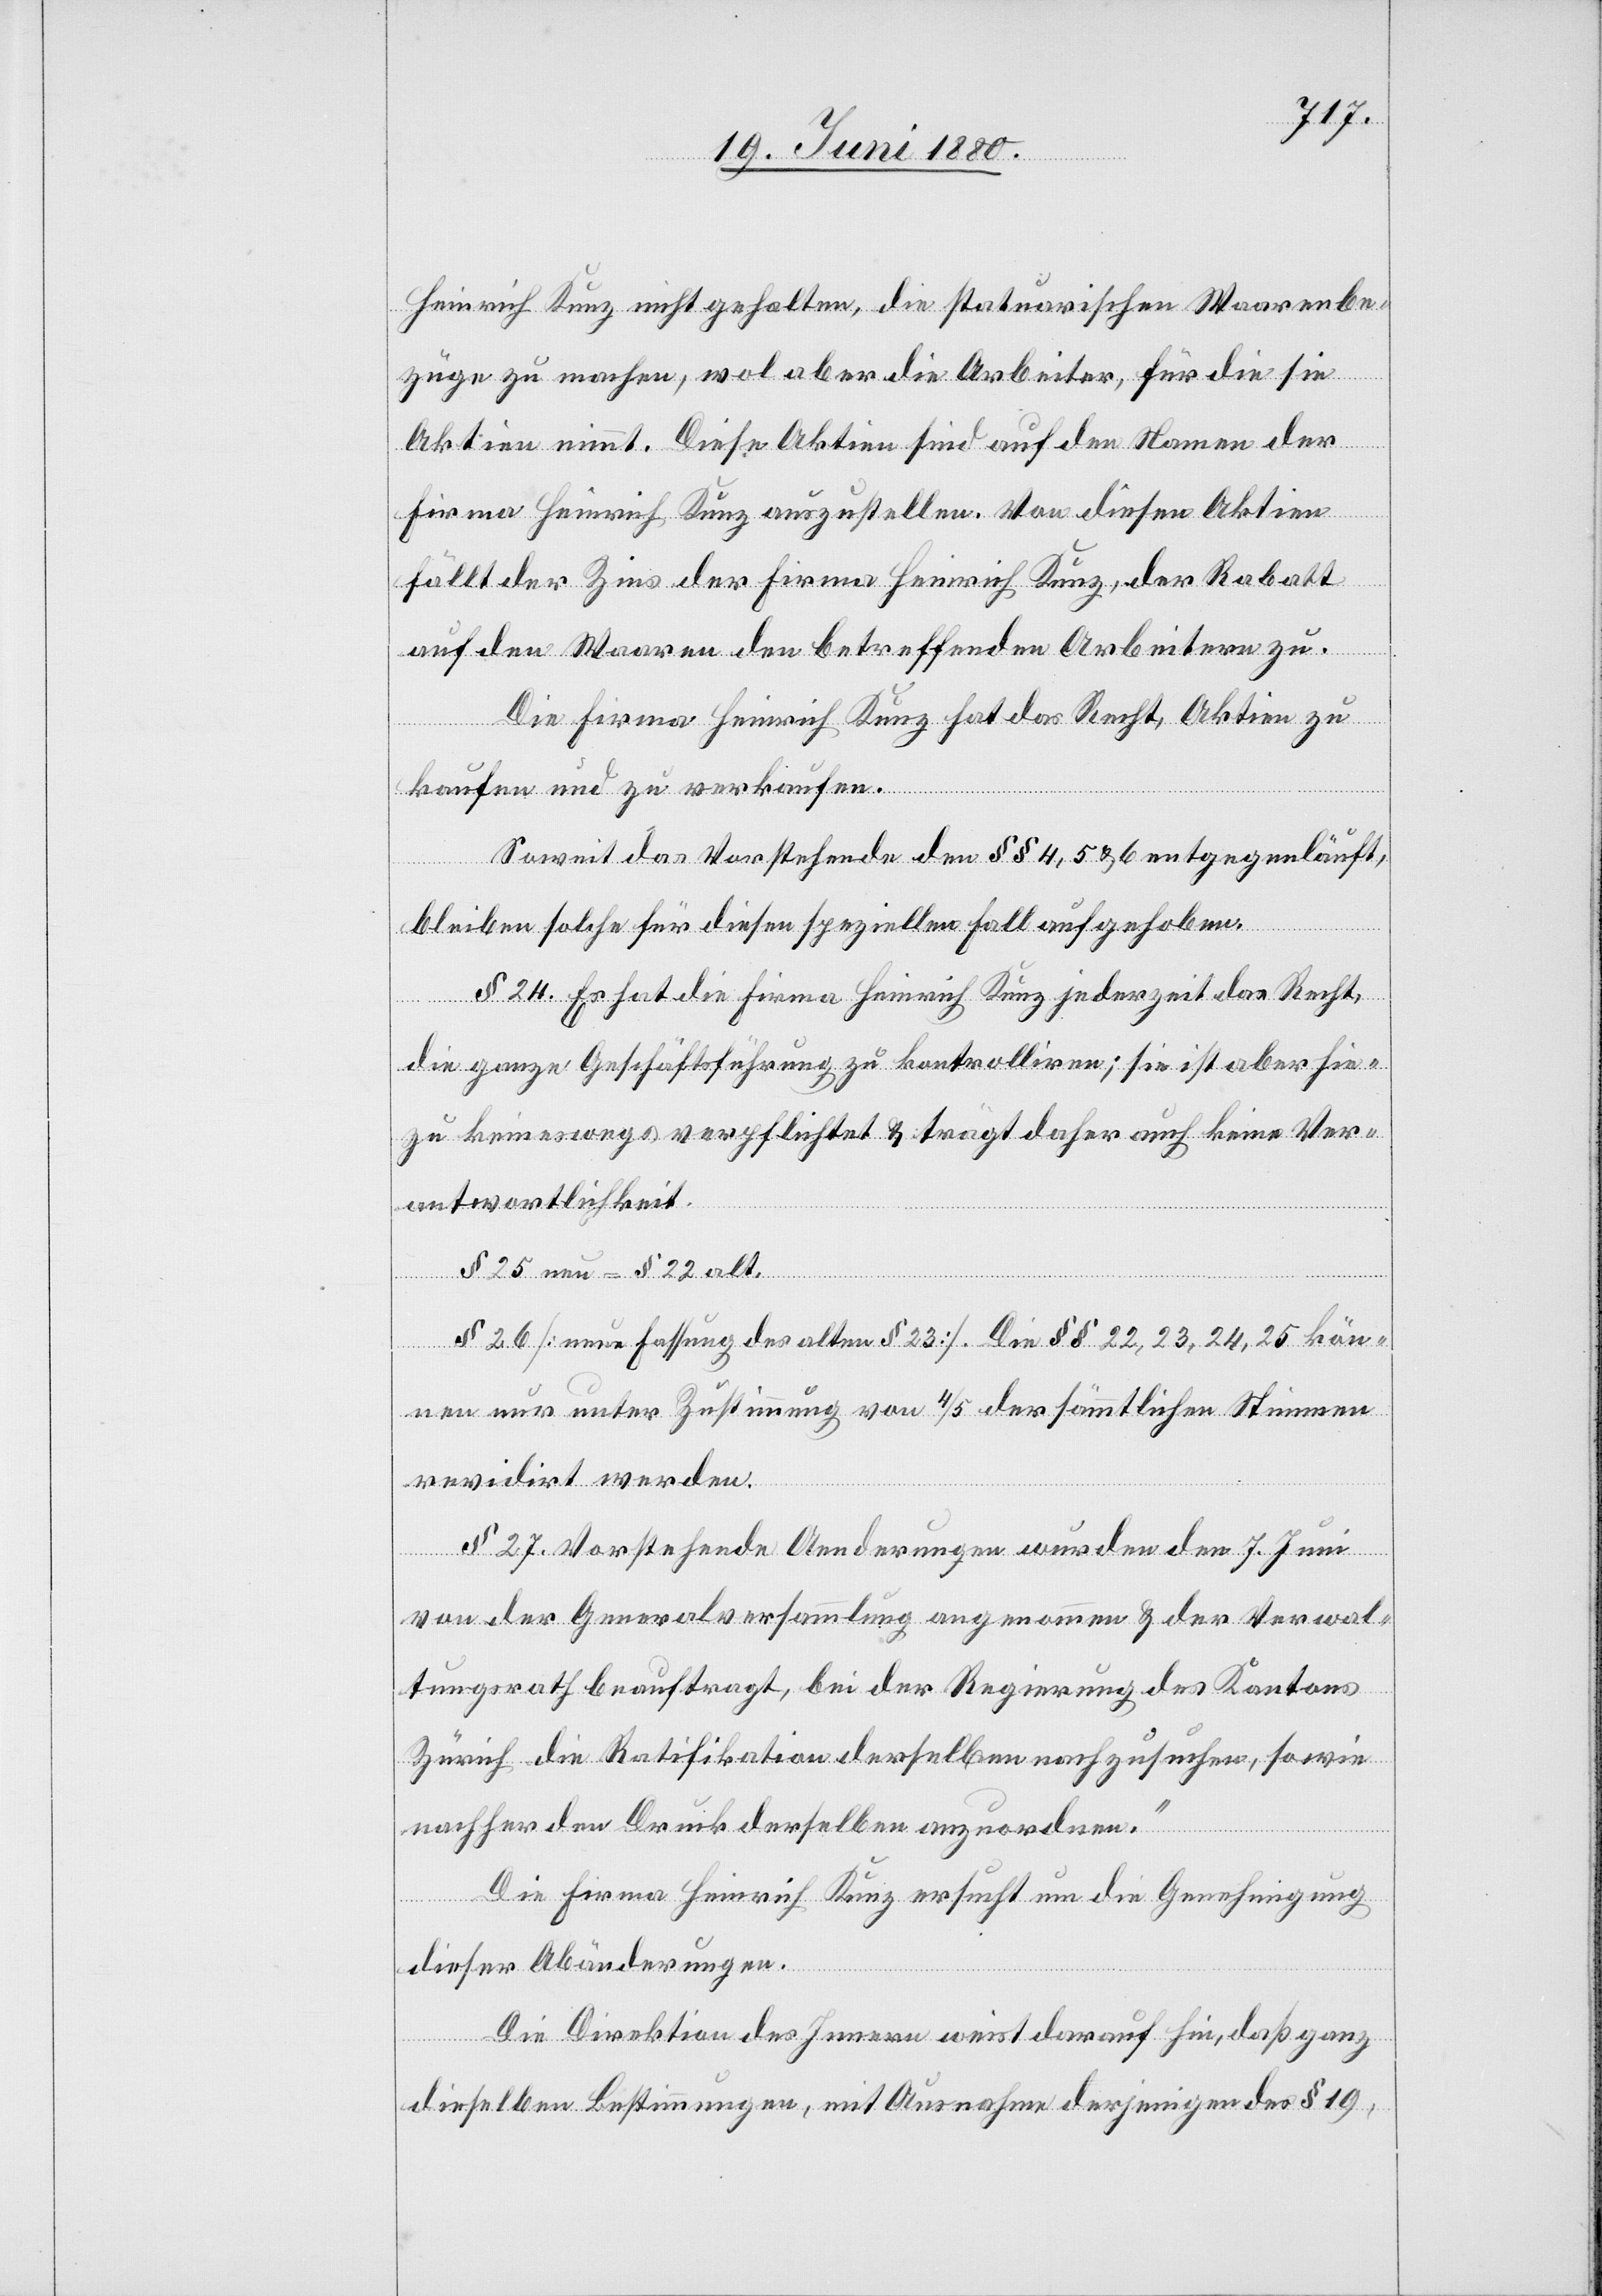
Heinrich Kunz nicht gehalten, die statuarischen Waarenbe¬
züge zu machen, wol aber die Arbeiter, für die sie
Aktien nimmt. Diese Aktien sind auf den Namen der
Firma Heinrich kunz auszustellen. Von diesen Aktien
fällt der Zins der Firma Heinrich Kunz, der Rabatt
auf den Waaren den betreffenden Arbeitern zu.
Die Firma Heinrich Kunz hat das Recht, Aktien zu
kaufen und zu verkaufen.
Soweit das Vorstehende den §§ 4, 5 & 6 entgegenläuft,
bleiben solche für diesen speziellen Fall aufgehoben.
§ 24. Es hat die Firma Heinrich Kunz jederzeit das Recht,
die ganze Geschäftsführung zu kontrolliren; sie ist aber hie¬
zu keineswegs verpflichtet & trägt daher auch keine Ver¬
antwortlichkeit.
§ 25 neu – § 22 alt.
§ 26 [neue Fassung des alten § 23]. Die §§ 22, 23, 24, 25 kön¬
nen nur unter Zustimmung von 4/5 der sämmtlichen Stimmen
revidirt werden.
§ 27. Vorstehende Aenderungen wurden den 7. Juni
von der Generalversammlung angenommen & der Verwal¬
tungsrath beauftragt, bei der Regierung des Kantons
Zürich die Ratifikation derselben nachzusuchen, sowie
nachher den Druck derselben anzuordnen.“
Die Firma Heinrich Kunz ersucht um die Genehmigung
dieser Abänderungen.
Die Direktion des Innern weist darauf hin, daß ganz
dieselben Bestimmungen, mit Ausnahme derjenige des § 19,